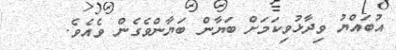
އުބައްޔު ވިދާޅުވިކަމަށް ބަޔާން ބަޔާންވެގެން ވެއެވެ.